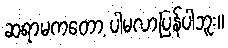
ဆရာမကတော့ ပါမလာပြန်ပါဘူး။